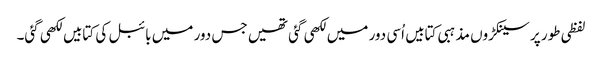
لفظی طور پر سینکڑوں مذہبی کتابیں اُسی دور میں لکھی گئی تھیں جس دور میں بائبل کی کتابیں لکھی گئی۔